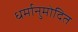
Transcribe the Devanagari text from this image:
धर्मानुमोदित